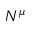
N ^ { \mu }